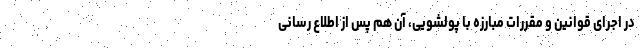
در اجرای قوانین و مقررات مبارزه با پولشویی، آن هم پس از اطلاع رسانی